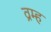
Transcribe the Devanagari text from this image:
व्रम्ह